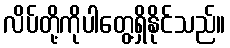
လိပ်တို့ကိုပါတွေ့ရှိနိုင်သည်။